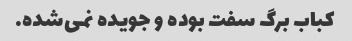
کباب برگ سفت بوده و جویده نمی‌شده.